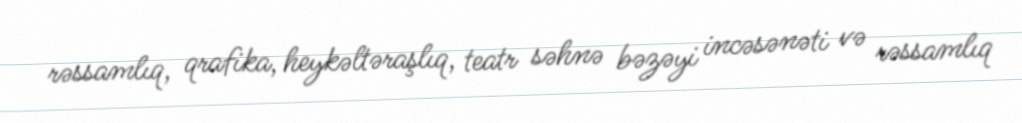
rəssamlıq, qrafika, heykəltəraşlıq, teatr səhnə bəzəyi incəsənəti və rəssamlıq